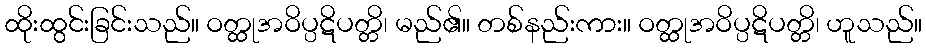
ထိုးထွင်းခြင်းသည်။ ဝတ္ထုအဝိပ္ပဋိပတ္တိ၊ မည်၏။ တစ်နည်းကား။ ဝတ္ထုအဝိပ္ပဋိပတ္တိ၊ ဟူသည်။